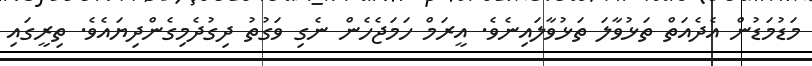
މަޑުމަޑުން އެދެއަތް ތަޅުވާލަ ތަޅުވާލައިނެވެ. އީރަމް ހަމަޖެހެން ނެގި ވަގުތު ދިގުދެމިގެންދިޔައެވެ. ތިރީގައި